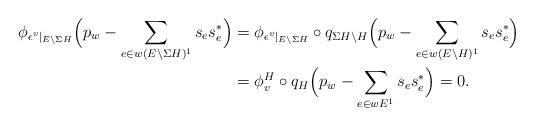
\begin{align*}\phi_{\epsilon^v|_{E \backslash \Sigma H}}\Big(p_w - \sum_{e \in w(E \backslash \Sigma H)^1} s_e s^*_e\Big)&= \phi_{\epsilon^v|_{E \backslash \Sigma H}} \circ q_{\Sigma H \backslash H} \Big(p_w - \sum_{e \in w(E \backslash H)^1} s_e s^*_e\Big) \\&= \phi^H_v \circ q_H\Big(p_w - \sum_{e \in wE^1} s_e s^*_e\Big) = 0. \end{align*}